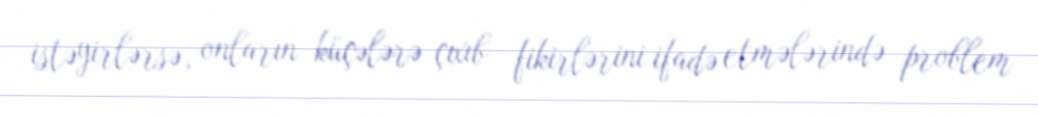
istəyirlərsə, onların küçələrə çıxıb fikirlərini ifadə etmələrində problem